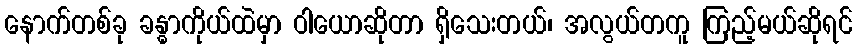
နောက်တစ်ခု ခန္ဓာကိုယ်ထဲမှာ ဝါယောဆိုတာ ရှိသေးတယ်၊ အလွယ်တကူ ကြည့်မယ်ဆိုရင်